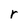
Character: r